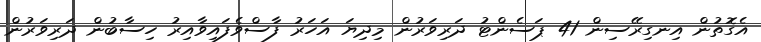
އެގޮތުން އިނގިރޭސިން 41 ޕަސެންޓު ދަރިވަރުން މިދިޔަ އަހަރު ފާސްވެފައިވާއިރު ހިސާބުން ދަރިވަރުން